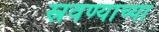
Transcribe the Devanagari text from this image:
स्रवण्याच्या